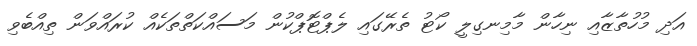
އަދި މުހުތާޒާއި ނިހާން މާމިނގިލީ ކޯޓު ތެރޭގައި ލެޕްޓޮޕްކުން މަސައްކަތްތަކެއް ކުރައްވަން ތިއްބެވި